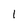
Character: 1